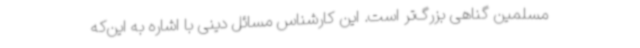
مسلمین گناهی بزرگ‌تر است. این کارشناس مسائل دینی با اشاره به این‌که